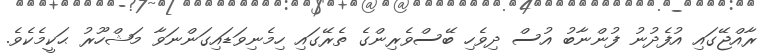
ރާއްޖޭގައި އުފެދުނު ފުންނާބު އުސް ދިވެހި ބޭސްވެރިންގެ ތެރޭގައި ހިމެނިވަޑައިގަންނަވާ މަޝްހޫރު ޙަކީމެކެވެ.